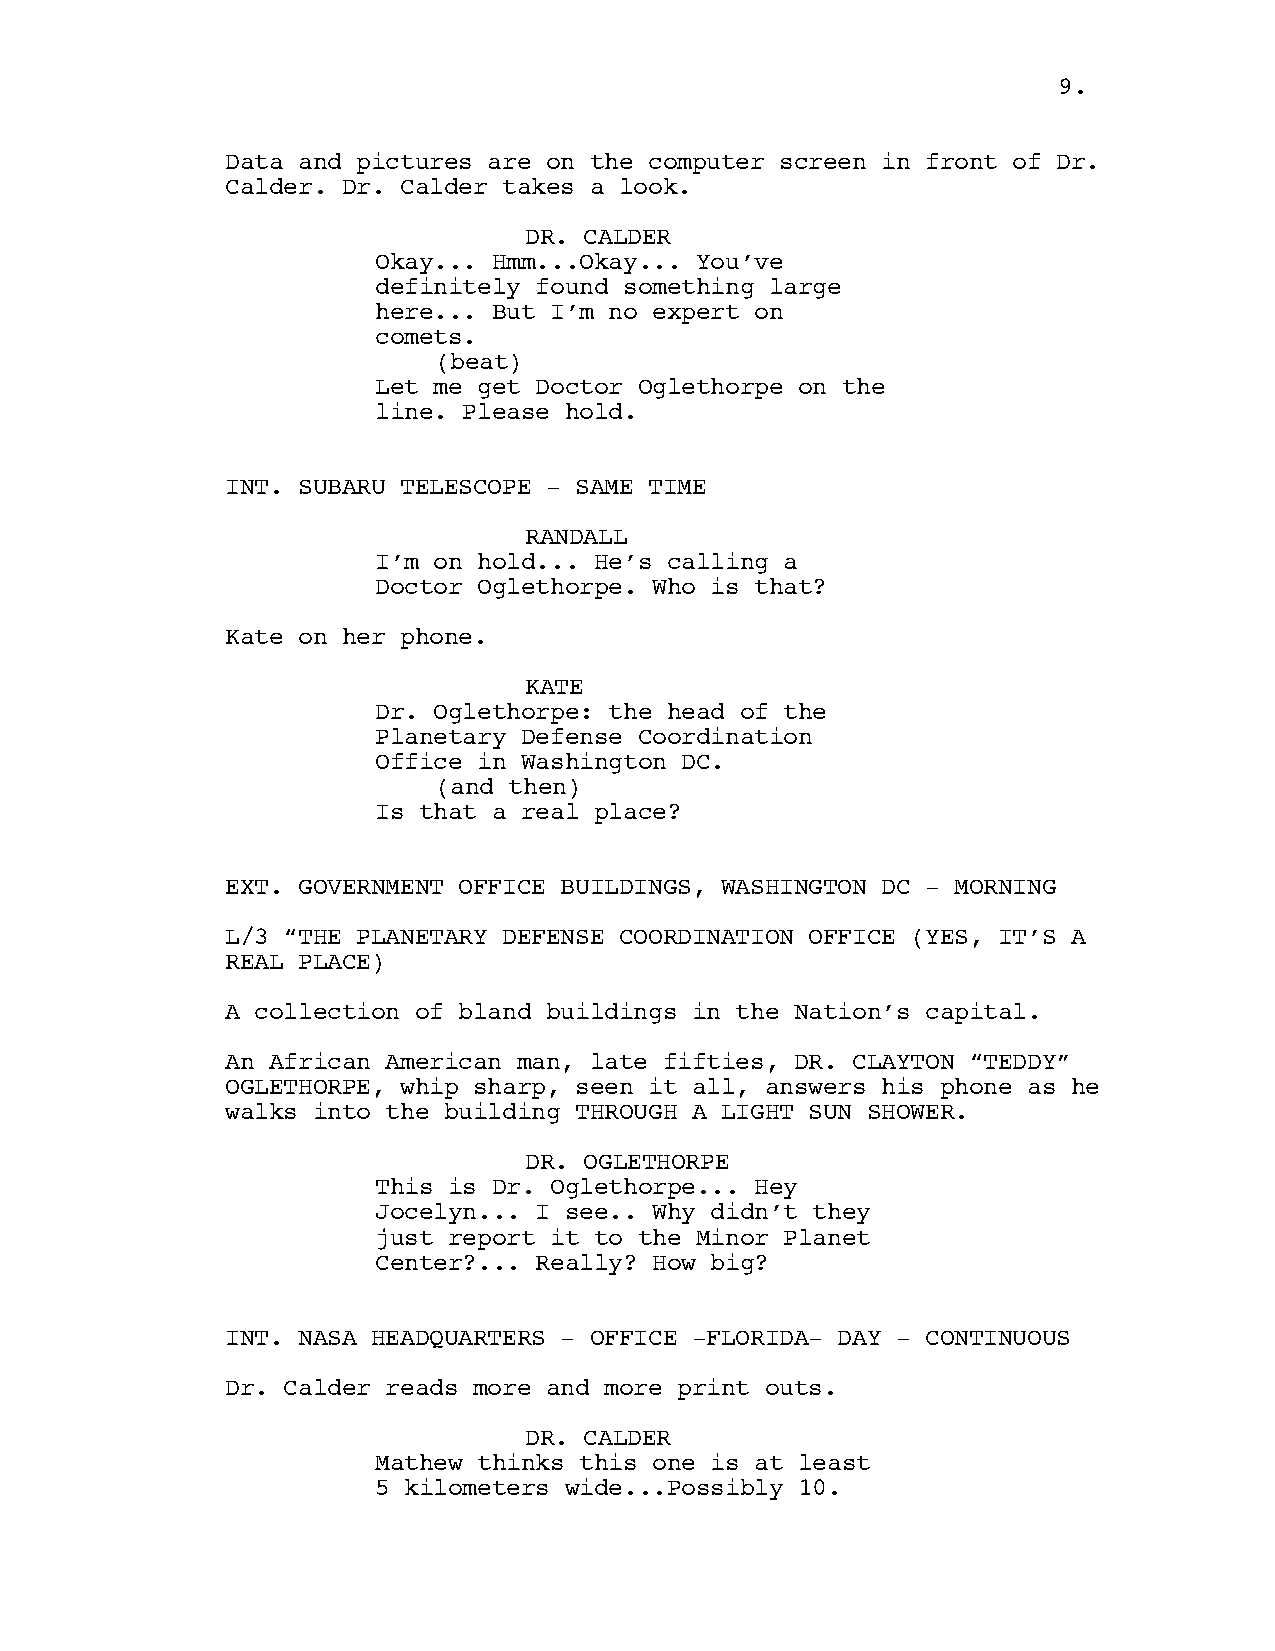
99..
 Data and pictures are on the computer screen in front of Dr.
 Calder. Dr. Calder takes a look.
 DR. CALDER
 Okay... Hmm...Okay... You’ve
 definitely found something large
 here... But I’m no expert on
 comets.
 (beat)
 Let me get Doctor Oglethorpe on the
 line. Please hold.
 INT. SUBARU TELESCOPE - SAME TIME
 RANDALL
 I’m on hold... He’s calling a
 Doctor Oglethorpe. Who is that?
 Kate on her phone.
 KATE
 Dr. Oglethorpe: the head of the
 Planetary Defense Coordination
 Office in Washington DC.
 (and then)
 Is that a real place?
 EXT. GOVERNMENT OFFICE BUILDINGS, WASHINGTON DC - MORNING
 L/3 “THE PLANETARY DEFENSE COORDINATION OFFICE (YES, IT’S A
 REAL PLACE)
 A collection of bland buildings in the Nation’s capital.
 An African American man, late fifties, DR. CLAYTON “TEDDY”
 OGLETHORPE, whip sharp, seen it all, answers his phone as he
 walks into the building THROUGH A LIGHT SUN SHOWER.
 DR. OGLETHORPE
 This is Dr. Oglethorpe... Hey
 Jocelyn... I see.. Why didn’t they
 just report it to the Minor Planet
 Center?... Really? How big?
 INT. NASA HEADQUARTERS - OFFICE -FLORIDA- DAY - CONTINUOUS
 Dr. Calder reads more and more print outs.
 DR. CALDER
 Mathew thinks this one is at least
 5 kilometers wide...Possibly 10.